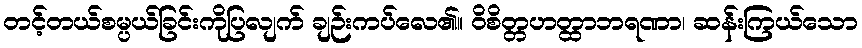
တင့်တယ်စမ္ပယ်ခြင်းကိုပြလျက် ချဉ်းကပ်လေ၏။ ဝိစိတ္တဟတ္ထာဘရဏာ၊ ဆန်းကြယ်သော